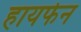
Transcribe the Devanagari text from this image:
हायफेन